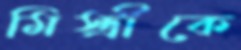
মিস্ত্রীকে